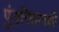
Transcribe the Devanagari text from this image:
पुंडरिकावल्ली